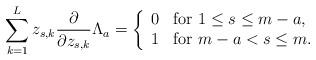
LaTeX: \begin{align*} \sum _{k=1}^L z_{s,k} \frac{\partial}{\partial z_{s,k}} \Lambda _a = \left\{ \begin{array}{ll} 0 & \mbox{for $ 1 \leq s \leq m-a $,} \\ 1 & \mbox{for $ m-a < s \leq m $.} \end{array} \right.\end{align*}